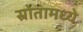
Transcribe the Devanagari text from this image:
स्रोतामध्ये